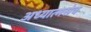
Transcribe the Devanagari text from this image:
अध्यात्मसेव